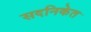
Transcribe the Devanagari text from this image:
सदनिकेत